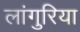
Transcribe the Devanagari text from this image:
लांगुरिया